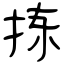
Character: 拣